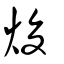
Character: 焌